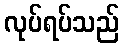
လုပ်ရပ်သည်